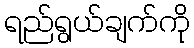
ရည်ရွယ်ချက်ကို